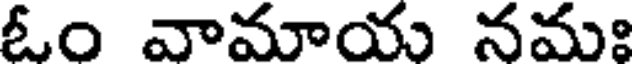
ఓం వామాయ నమః